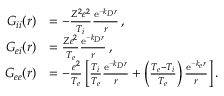
\begin{array} { r l } { G _ { i i } ( \boldsymbol { r } ) } & { = - \frac { Z ^ { 2 } e ^ { 2 } } { T _ { i } } \frac { \mathrm { e } ^ { - k _ { D } r } } { r } \, , } \\ { G _ { e i } ( \boldsymbol { r } ) } & { = \frac { Z e ^ { 2 } } { T _ { e } } \frac { \mathrm { e } ^ { - k _ { D } r } } { r } \, , } \\ { G _ { e e } ( \boldsymbol { r } ) } & { = - \frac { e ^ { 2 } } { T _ { e } } \left[ \frac { T _ { i } } { T _ { e } } \frac { \mathrm { e } ^ { - k _ { D } r } } { r } + \left( \frac { T _ { e } - T _ { i } } { T _ { e } } \right) \frac { \mathrm { e } ^ { - k _ { e } r } } { r } \right] . } \end{array}